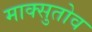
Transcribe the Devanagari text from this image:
माक्सुतोव